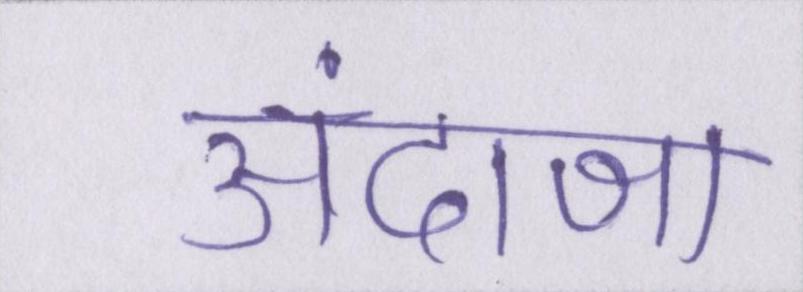
अंदाजा